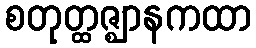
စတုတ္ထဇ္ဈာနကထာ